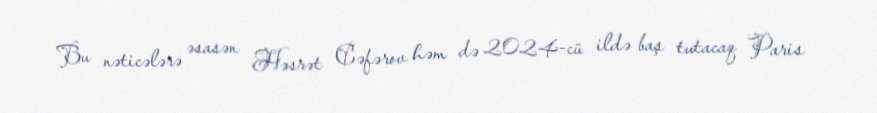
Bu nəticələrə əsasən Həsrət Cəfərov həm də 2024-cü ildə baş tutacaq Paris